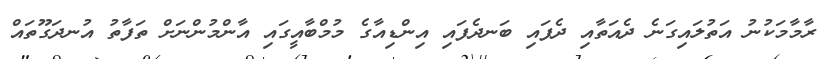
ރާމާމަކުނު އަތުލައިގަނެ ދެއަތާއި ދެފައި ބަނދެފައި އިންޑިއާގެ މުމްބާއީގައި އާންމުންނަށް ތަފާތު އުނދަގޫތައް